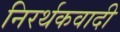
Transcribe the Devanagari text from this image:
निरर्थकवादी